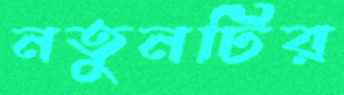
নতুনটির